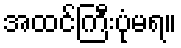
အထင်ကြီးပုံမရ။